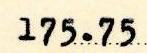
175.75